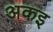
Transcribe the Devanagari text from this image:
अकइ